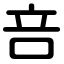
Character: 咅